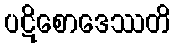
ပဋိစောဒေဿတိ